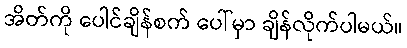
အိတ်ကို ပေါင်ချိန်စက် ပေါ်မှာ ချိန်လိုက်ပါမယ်။